Document type: Sale
Year: 1226
Scribe: Ramon d'Om
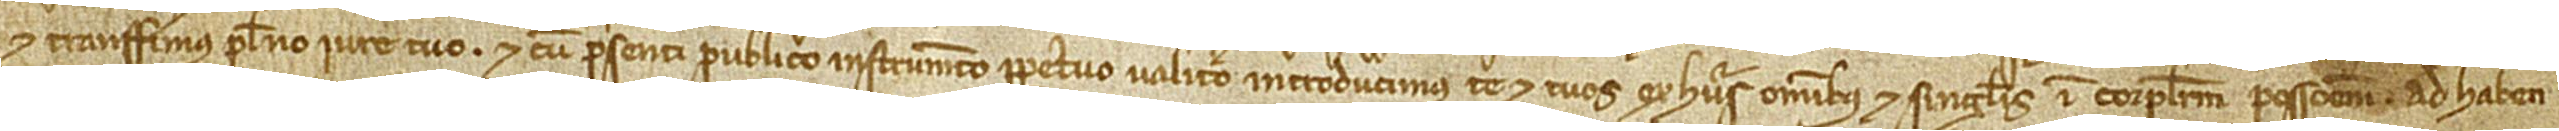
et transferimus pleno iure tuo, et cum presenti publico instrumento perpetuo valituro introducimus te et tuos ex hiis omnibus et singulis in corporalem possessionem, ad haben-